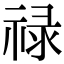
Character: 禄